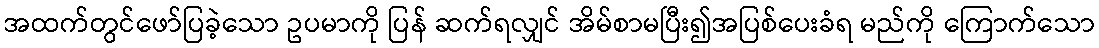
အထက်တွင်ဖော်ပြခဲ့သော ဥပမာကို ပြန် ဆက်ရလျှင် အိမ်စာမပြီး၍အပြစ်ပေးခံရ မည်ကို ကြောက်သော